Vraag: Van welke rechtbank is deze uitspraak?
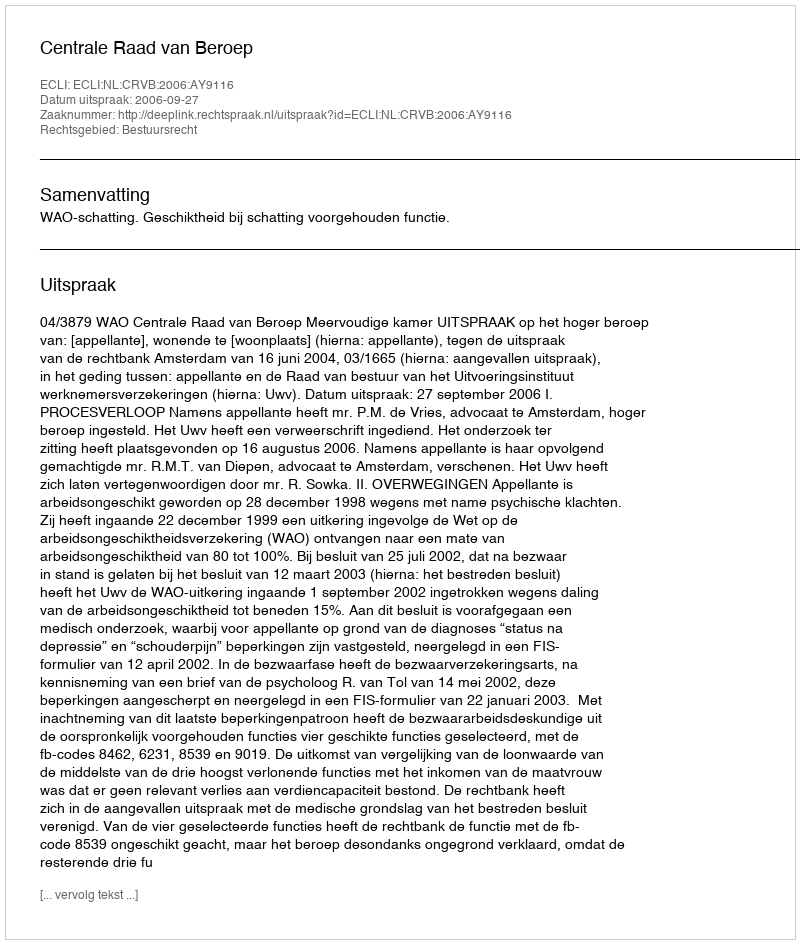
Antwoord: Centrale Raad van Beroep